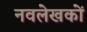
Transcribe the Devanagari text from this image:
नवलेखकों